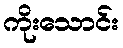
ကိုးသောင်း